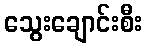
သွေးချောင်းစီး